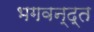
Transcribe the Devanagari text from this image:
भगवन्द्त